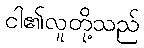
ငါ၏လူတို့သည်